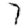
Digit: 7